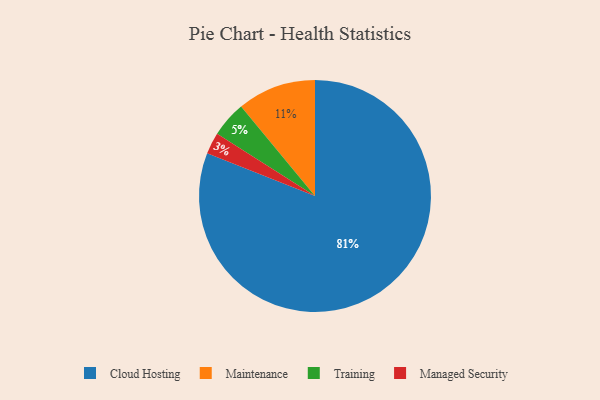
{"axis": {"x": "Category", "y": "Percentage"}, "legend": ["Cloud Hosting", "Maintenance", "Managed Security", "Training"], "data": [{"x": "Training", "y": 5, "type": "Training"}, {"x": "Cloud Hosting", "y": 81, "type": "Cloud Hosting"}, {"x": "Maintenance", "y": 11, "type": "Maintenance"}, {"x": "Managed Security", "y": 3, "type": "Managed Security"}]}